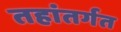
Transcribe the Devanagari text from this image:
तहांतर्गत